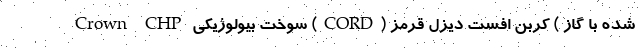
شده با گاز ) کربن افست دیزل قرمز (CORD) سوخت بیولوژیکی Crown CHP